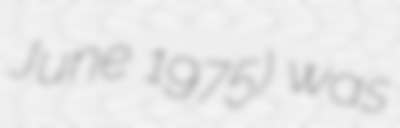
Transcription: June 1975) was